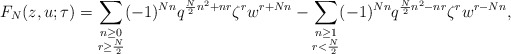
\begin{align*}F_N(z,u;\tau)=\sum_{\substack{n\geq0\\ r\geq\frac N2}}(-1)^{Nn}q^{\frac N2n^2+nr}\zeta^rw^{r+Nn}-\sum_{\substack{n\geq1\\ r<\frac N2}}(-1)^{Nn}q^{\frac N2n^2-nr}\zeta^rw^{r-Nn},\end{align*}